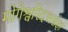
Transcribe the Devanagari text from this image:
मोगेश्वरिदत्तसंज्ञं